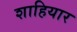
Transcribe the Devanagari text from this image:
शाहियार